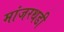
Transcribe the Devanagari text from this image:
मांजरथडी